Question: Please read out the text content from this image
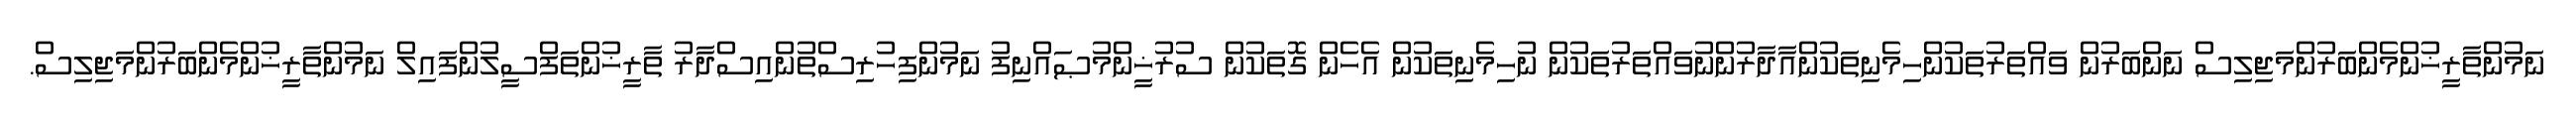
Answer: ނަމުންތާރީޚުންމެންބަރުންމަޖިލިސް ނަންބަރުން ވައްތަރުތަކުންހިމެނިތަކުންއާދާރުންނުވައްތަރުތަކުން ނުހިމެނިތަކުން އެހެން ގޮތަކުން ސުރުޚީންމުޞައްނިފު ނަމުންފިހުރިސްތުންއިސްދާރު ތާރީޚުންތަފްސީލުންފައިލް ނަމުންތާރީޚުންމެންބަރުންމަޖިލިސް.